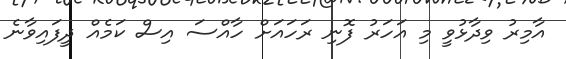
އާމިރު ވިދާޅުވީ މި އަހަރު ފޮނި ރަހައަށް ހާއްސަ އިސް ކަމެއް ދީފައިވާނެ